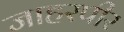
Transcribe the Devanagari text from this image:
जाहरपीर